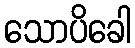
သောပိခေါ